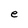
Character: e